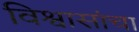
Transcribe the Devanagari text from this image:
विश्वासांचा